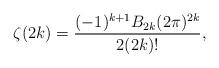
LaTeX: \begin{align*}\zeta(2k)=\frac{(-1)^{k+1}B_{2k}(2\pi)^{2k}}{2(2k)!},\end{align*}